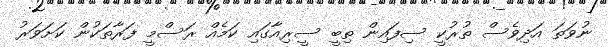
ނުވަތަ އަދިވެސް ތުރުކީ ސިފައިން ތިބީ ސީރިއާގައި ކަމެއް ރަސްމީ ފަރާތަކުން ކަށަވަރު